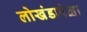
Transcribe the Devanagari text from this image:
लोखंडापेक्षा